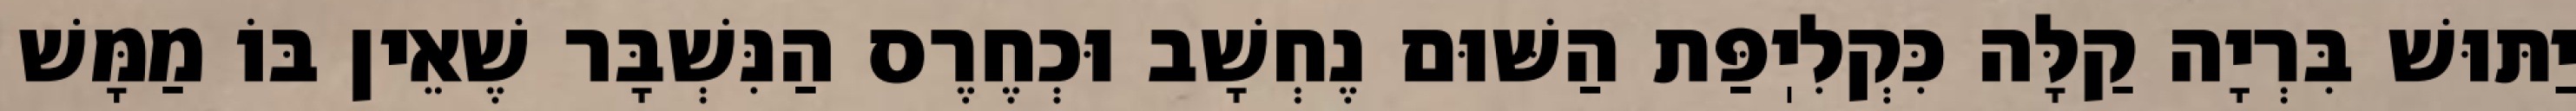
יַתּוּשׁ בִּרְיָה קַלָּה כִּקְלִיֽפַּת הַשּׁוּם נֶחְשָׁב וּכְחֶרֶס הַנִּשְׁבָּר שֶׁאֵין בּוֹ מַמָּשׁ